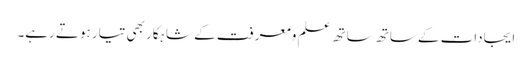
ایجادات کے ساتھ ساتھ علم ومعرفت کے شاہکار بھی تیار ہوتے رہے۔